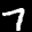
Label: 7